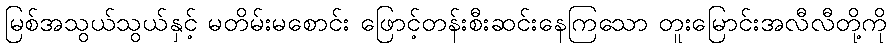
မြစ်အသွယ်သွယ်နှင့် မတိမ်းမစောင်း ဖြောင့်တန်းစီးဆင်းနေကြသော တူးမြောင်းအလီလီတို့ကို